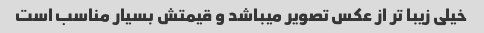
خیلی زیبا تر از عکس تصویر میباشد و قیمتش بسیار مناسب است